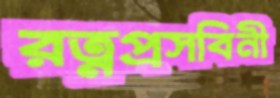
রত্নপ্রসবিনী